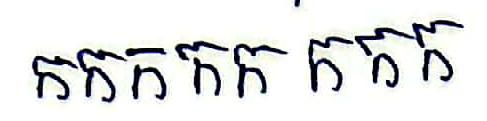
កកកកក កកក